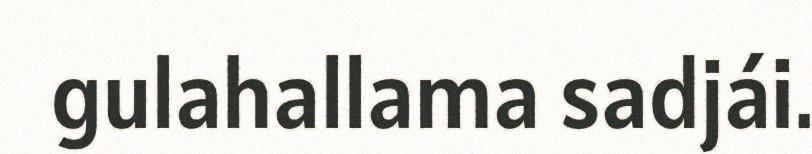
gulahallama sadjái.